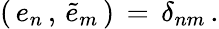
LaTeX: \left(\, e_{n}\, ,\, \tilde{e}_{m}\, \right)\, =\, \delta_{nm}\, .